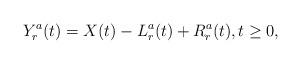
LaTeX: \begin{align*}Y^a_r(t) = X(t) -L_r^a(t) + R_r^a (t), t \geq 0,\end{align*}